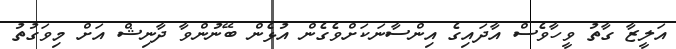
އަލީޒާ ގާތު ވީހާވެސް އާދައިގެ އިންސާނަކަށްވެގެން އުޅެން ބޭނުންވާ ދާނިޝް އަށް މިވަގުތު